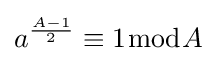
a^{\frac {A-1}{2}}\equiv 1{\bmod {A}}